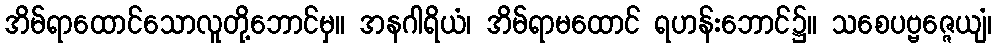
အိမ်ရာထောင်သောလူတို့ဘောင်မှ။ အနဂါရိယံ၊ အိမ်ရာမထောင် ရဟန်းဘောင်၌။ သစေပဗ္ဗဇ္ဇေယျံ၊